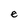
Character: e